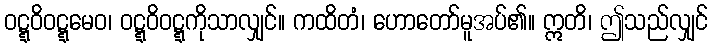
ဝဋ္ဋဝိဝဋ္ဋမေဝ၊ ဝဋ္ဋဝိဝဋ္ဋကိုသာလျှင်။ ကထိတံ၊ ဟောတော်မူအပ်၏။ ဣတိ၊ ဤသည်လျှင်